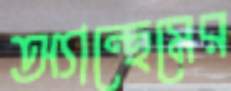
অ্যান্থেমের